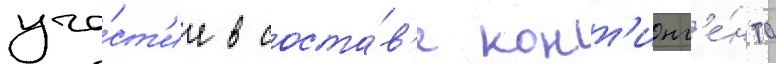
уча́ст'ие в соста́в'е конт'инг'е́нта